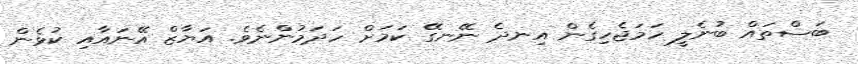
ބަސްތައް ބުނެލީ ހަމަޖެހިގެން އިނދެ ނޭނގޭ ކަމަށް ހަދަމުންނެވެ. އަޔާޒް އޭނައާއި ކުޅެން